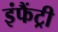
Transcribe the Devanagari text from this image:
इंफैंट्री